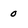
Character: 0